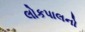
લોકપાલનો